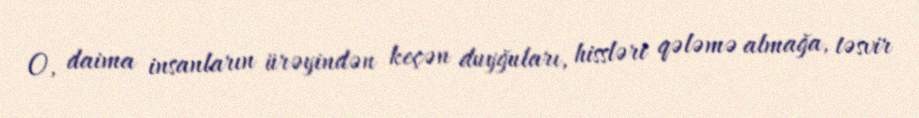
O, daima insanların ürəyindən keçən duyğuları, hissləri qələmə almağa, təsvir